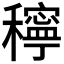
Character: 𥣗